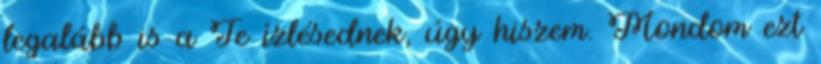
legalább is a Te ízlésednek, úgy hiszem. Mondom ezt